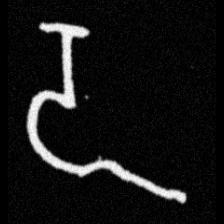
Pyu character \u2014 Myanmar letter: ဍ (romanized: dda)